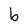
Character: b